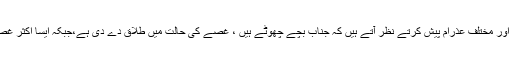
ایسے حالات میں لوگ علمائے کرام سے رابطہ کرتے ہیں اور مختلف عذرام پیش کرتے نظر آتے ہیں کہ جناب بچے چھوٹے ہیں ، غصے کی حالت میں طلاق دے دی ہے،جبکہ ایسا اکثر غصے کی حالت میں ہی ہوتا ہے پیار میں طلاق کون دیتا ہے۔